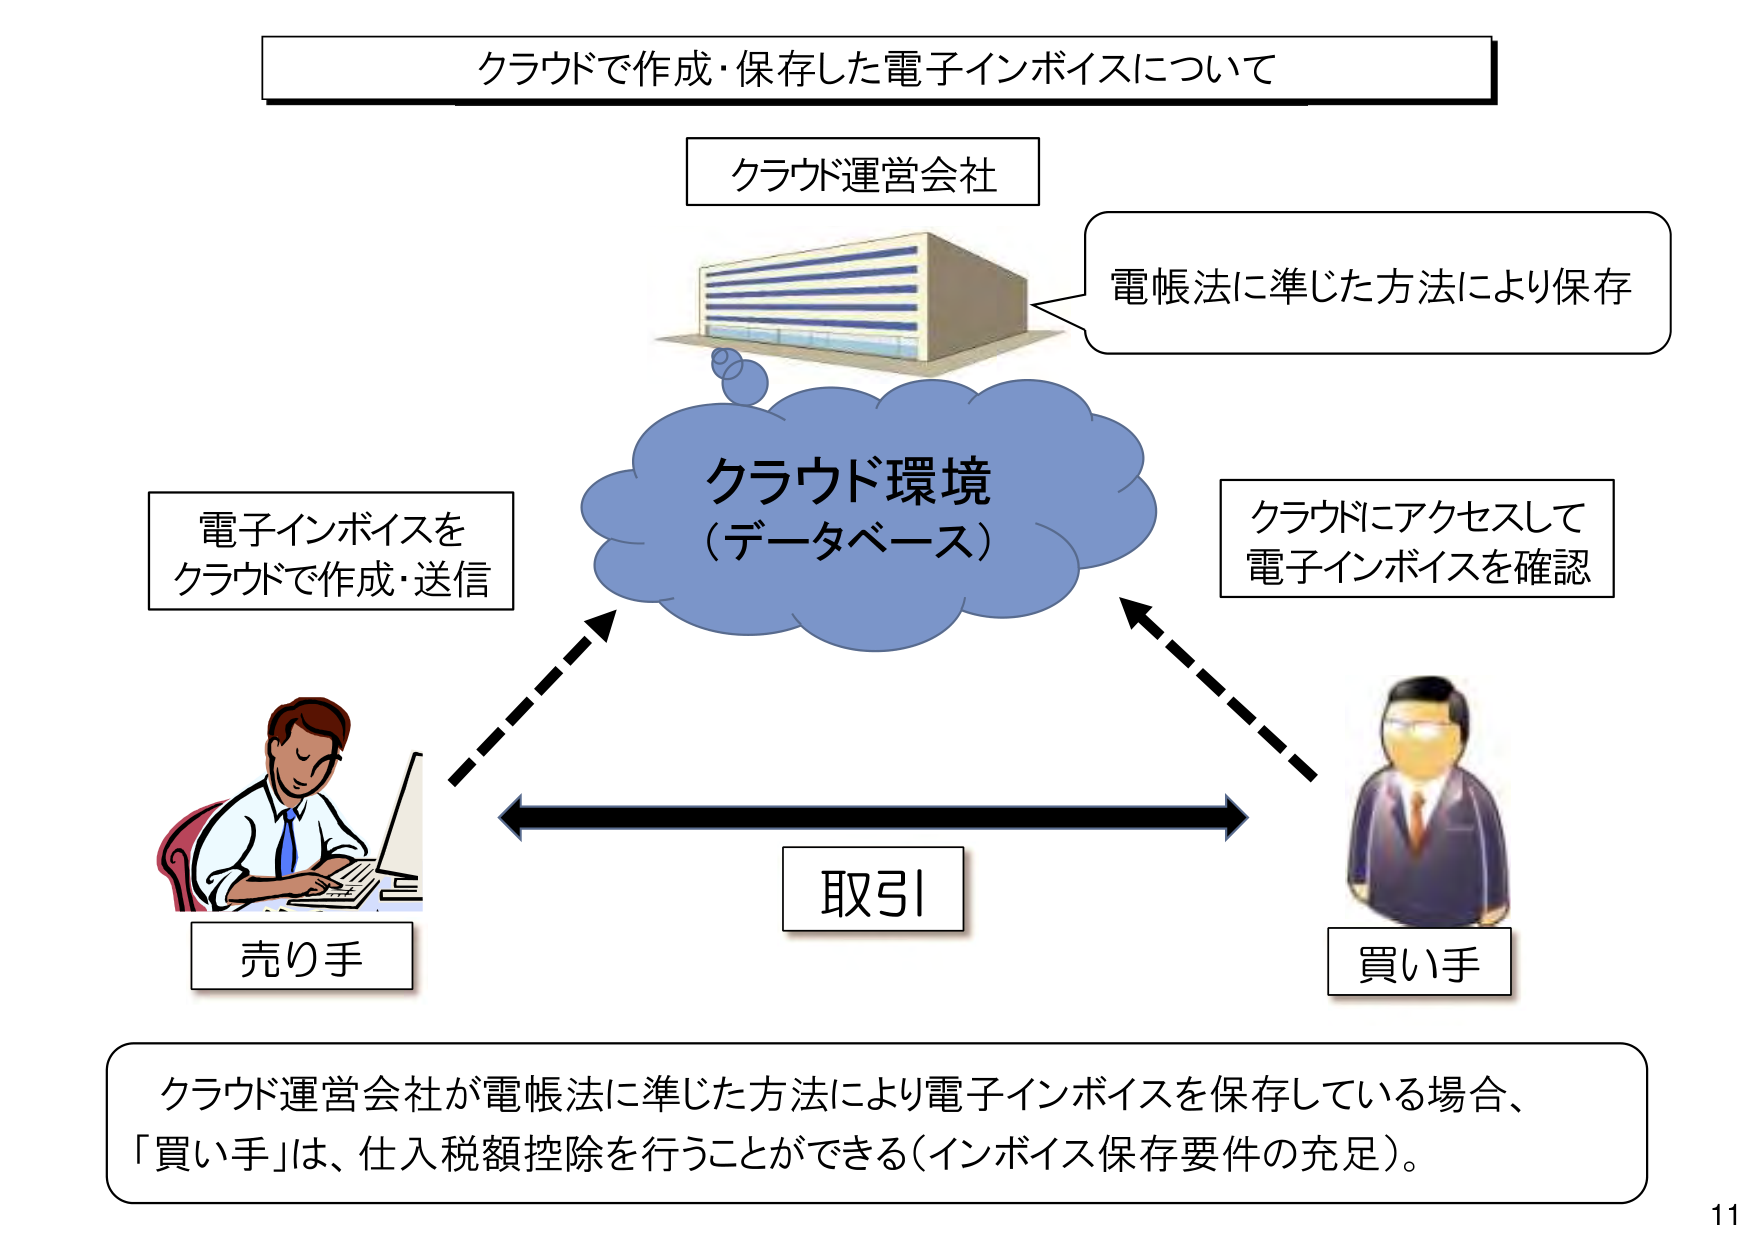
クラウドで作成・保存した電子インボイスについて

クラウド運営会社
電帳法に準じた方法により保存

クラウド環境
（データベース）

電子インボイスを
クラウドで作成・送信

クラウドにアクセスして
電子インボイスを確認

売り手
買い手

取引

クラウド運営会社が電帳法に準じた方法により電子インボイスを保存している場合、
「買い手」は、仕入税額控除を行うことができる（インボイス保存要件の充足）。

11